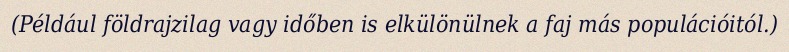
(Például földrajzilag vagy időben is elkülönülnek a faj más populációitól.)